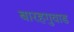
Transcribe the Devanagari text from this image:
बारहगुवाड